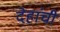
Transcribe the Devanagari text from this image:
देहांची